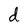
Character: d